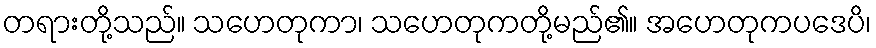
တရားတို့သည်။ သဟေတုကာ၊ သဟေတုကတို့မည်၏။ အဟေတုကပဒေပိ၊